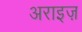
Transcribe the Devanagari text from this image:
अराइज़